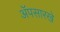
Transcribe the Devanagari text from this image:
ॲपसारखे